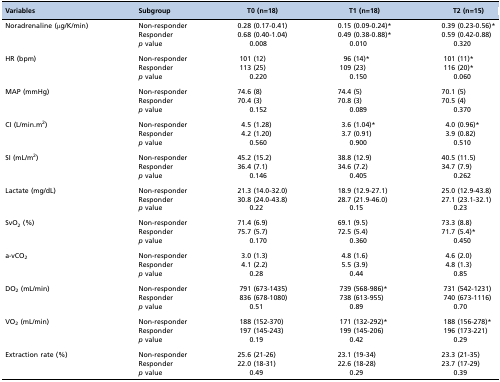
<table><thead><tr><td><b>Variables</b></td><td><b>Subgroup</b></td><td><b>T0 (n=18)</b></td><td><b>T1 (n=18)</b></td><td><b>T2 (n=15)</b></td></tr></thead><tbody><tr><td rowspan="3">Noradrenaline (μg/K/min)</td><td>Non-responder</td><td>0.28 (0.17-0.41)</td><td>0.15 (0.09-0.24)*</td><td>0.39 (0.23-0.56)*</td></tr><tr><td>Responder</td><td>0.68 (0.40-1.04)</td><td>0.49 (0.38-0.88)*</td><td>0.59 (0.42-0.88)</td></tr><tr><td><i>p</i> value</td><td>0.008</td><td>0.010</td><td>0.320</td></tr><tr><td rowspan="3">HR (bpm)</td><td>Non-responder</td><td>101 (12)</td><td>96 (14)*</td><td>101 (11)*</td></tr><tr><td>Responder</td><td>113 (25)</td><td>109 (23)</td><td>116 (20)*</td></tr><tr><td><i>p</i> value</td><td>0.220</td><td>0.150</td><td>0.060</td></tr><tr><td rowspan="3">MAP (mmHg)</td><td>Non-responder</td><td>74.6 (8)</td><td>74.4 (5)</td><td>70.1 (5)</td></tr><tr><td>Responder</td><td>70.4 (3)</td><td>70.8 (3)</td><td>70.5 (4)</td></tr><tr><td><i>p</i> value</td><td>0.152</td><td>0.089</td><td>0.370</td></tr><tr><td rowspan="3">CI (L/min.m<sup>2</sup>)</td><td>Non-responder</td><td>4.5 (1.28)</td><td>3.6 (1.04)*</td><td>4.0 (0.96)*</td></tr><tr><td>Responder</td><td>4.2 (1.20)</td><td>3.7 (0.91)</td><td>3.9 (0.82)</td></tr><tr><td><i>p</i> value</td><td>0.560</td><td>0.900</td><td>0.510</td></tr><tr><td rowspan="3">SI (mL/m<sup>2</sup>)</td><td>Non-responder</td><td>45.2 (15.2)</td><td>38.8 (12.9)</td><td>40.5 (11.5)</td></tr><tr><td>Responder</td><td>36.4 (7.1)</td><td>34.6 (7.2)</td><td>34.7 (7.9)</td></tr><tr><td><i>p</i> value</td><td>0.146</td><td>0.405</td><td>0.262</td></tr><tr><td rowspan="3">Lactate (mg/dL)</td><td>Non-responder</td><td>21.3 (14.0-32.0)</td><td>18.9 (12.9-27.1)</td><td>25.0 (12.9-43.8)</td></tr><tr><td>Responder</td><td>30.8 (24.0-43.8)</td><td>28.7 (21.9-46.0)</td><td>27.1 (23.1-32.1)</td></tr><tr><td><i>p</i> value</td><td>0.22</td><td>0.15</td><td>0.23</td></tr><tr><td rowspan="3">SvO<sub>2</sub> (%)</td><td>Non-responder</td><td>71.4 (6.9)</td><td>69.1 (9.5)</td><td>73.3 (8.8)</td></tr><tr><td>Responder</td><td>75.7 (5.7)</td><td>72.5 (5.4)</td><td>71.7 (5.4)*</td></tr><tr><td><i>p</i> value</td><td>0.170</td><td>0.360</td><td>0.450</td></tr><tr><td rowspan="3">a-vCO<sub>2</sub></td><td>Non-responder</td><td>3.0 (1.3)</td><td>4.8 (1.6)</td><td>4.6 (2.0)</td></tr><tr><td>Responder</td><td>4.1 (2.2)</td><td>5.5 (3.9)</td><td>4.8 (1.3)</td></tr><tr><td><i>p</i> value</td><td>0.28</td><td>0.44</td><td>0.85</td></tr><tr><td rowspan="3">DO<sub>2</sub> (mL/min)</td><td>Non-responder</td><td>791 (673-1435)</td><td>739 (568-986)*</td><td>731 (542-1231)</td></tr><tr><td>Responder</td><td>836 (678-1080)</td><td>738 (613-955)</td><td>740 (673-1116)</td></tr><tr><td><i>p</i> value</td><td>0.51</td><td>0.89</td><td>0.70</td></tr><tr><td rowspan="3">VO<sub>2</sub> (mL/min)</td><td>Non-responder</td><td>188 (152-370)</td><td>171 (132-292)*</td><td>188 (156-278)*</td></tr><tr><td>Responder</td><td>197 (145-243)</td><td>199 (145-206)</td><td>196 (173-221)</td></tr><tr><td><i>p</i> value</td><td>0.19</td><td>0.42</td><td>0.29</td></tr><tr><td rowspan="3">Extraction rate (%)</td><td>Non-responder</td><td>25.6 (21-26)</td><td>23.1 (19-34)</td><td>23.3 (21-35)</td></tr><tr><td>Responder</td><td>22.0 (18-31)</td><td>22.6 (18-28)</td><td>23.7 (17-29)</td></tr><tr><td><i>p</i> value</td><td>0.49</td><td>0.29</td><td>0.39</td></tr></tbody></table>